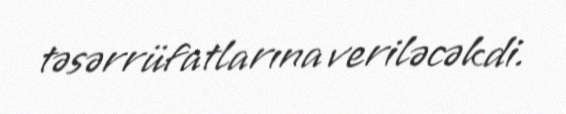
təsərrüfatlarına veriləcəkdi.